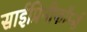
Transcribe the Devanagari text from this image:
साईप्रिनीफॉर्म्स